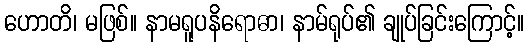
ဟောတိ၊ မဖြစ်။ နာမရူပနိရောဓာ၊ နာမ်ရုပ်၏ ချုပ်ခြင်းကြောင့်။